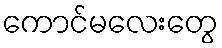
ကောင်မလေးတွေ